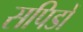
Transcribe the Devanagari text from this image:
सपिडों